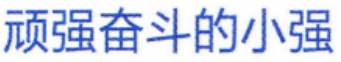
顽强奋斗的小强